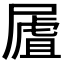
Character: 𡳆